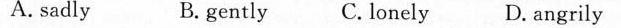
A.sadly B. gently C. lonely D. angrily